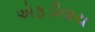
એફડીવાય